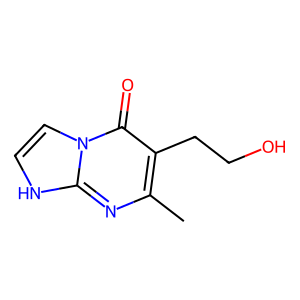
SMILES: Cc1nc2[nH]ccn2c(=O)c1CCO
Inhibits HIV replication: No